Indian Civil Veterinary Department memoirs
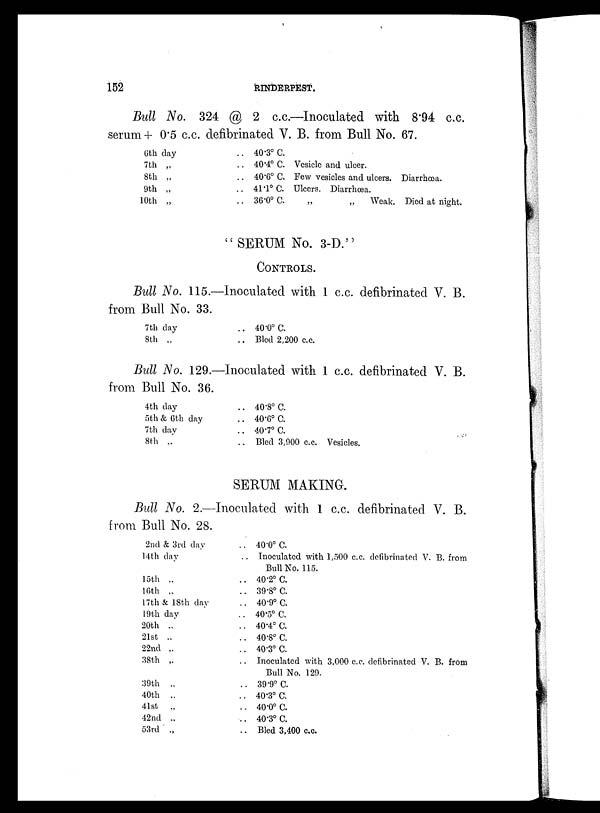
152
RINDERPEST.
Bull No. 324 @ 2 c.c.—Inoculated with 8.94 c.c.
serum + 0.5 c.c. defibrinated V. B. from Bull No. 67.
6th day
7th „
8th „
9th „
10th „
.. 40.3º C.
.. 40.4º C. Vesicle and ulcer.
.. 40.6º C. Few vesicles and ulcers. Diarrhœa.
.. 41.1º C. Ulcers. Diarrhœa.
.. 36.0º C.
„
„
Weak. Died at night.
"SERUM No. 3-D."
CONTROLS.
Bull No. 115.—Inoculated with 1 c.c. defibrinated V. B.
from Bull No. 33.
7th day
8th „
.. 40.0º C.
.. Bled 2,200 c.c.
Bull No. 129.—Inoculated with 1 c.c. defibrinated V. B.
from Bull No. 36.
4th day
5th & 6th day
7th day
8th „
.. 40.8º C.
.. 40.6º C.
.. 40.7º C.
.. Bled 3,900 c.c. Vesicles.
SERUM MAKING.
Bull No. 2.—Inoculated with 1 c.c. defibrinated V. B.
from Bull No. 28.
2nd & 3rd day
14th day
15th „
16th „
17th & 18th day
19th day
20th „
21st „
22nd „
38th „
39th „
40th „
41st „
42nd „
53rd „
.. 40.0º C.
.. Inoculated with 1,500 c.c. defibrinated V. B. from
Bull No. 115.
.. 40.2º C.
.. 39.8º C.
.. 40.9º C.
.. 40.5º C.
.. 40.4º C.
.. 40.8º C.
.. 40.3º C.
.. Inoculated with 3,000 c.c. defibrinated V. B. from
Bull No. 129.
.. 39.9º C.
.. 40.3º C.
.. 40.0º C.
.. 40.3º C.
.. Bled 3,400 c.c.